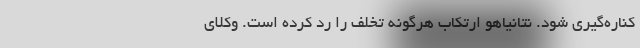
کناره‌گیری شود. نتانیاهو ارتکاب هرگونه تخلف را رد کرده است. وکلای